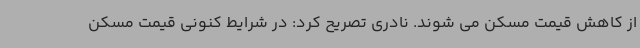
از کاهش قیمت مسکن می شوند. نادری تصریح کرد: در شرایط کنونی قیمت مسکن